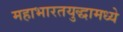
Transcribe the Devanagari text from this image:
महाभारतयुद्धामध्ये